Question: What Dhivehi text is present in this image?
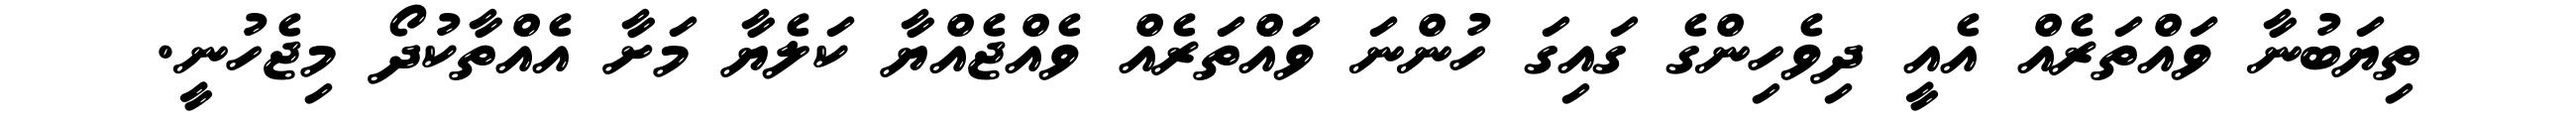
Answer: ތިޔަބުނާ ވައްތަރެއް އެއީ ދިވެހިންގެ ގައިގަ ހުންނަ ވައްތަރެއް ވެއްޖެއްޔާ ކަލެޔާ މަށާ އެއްތާކުދޯ މިޖެހުނީ.